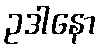
ဥဒါနော